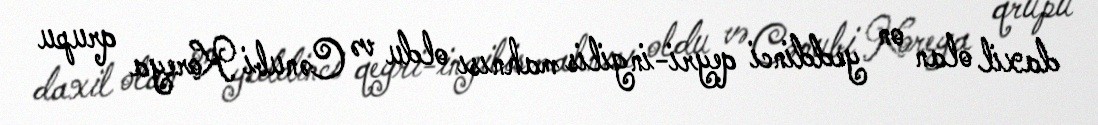
daxil olan on yeddinci qeyri-ingilis mahnısı oldu və Cənubi Koreya qrupu